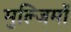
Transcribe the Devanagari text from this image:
मुल्जिमों